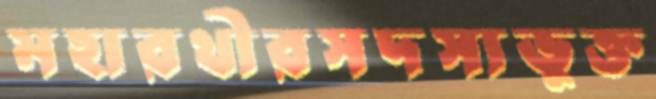
মহারথীরসদস্যভুক্ত